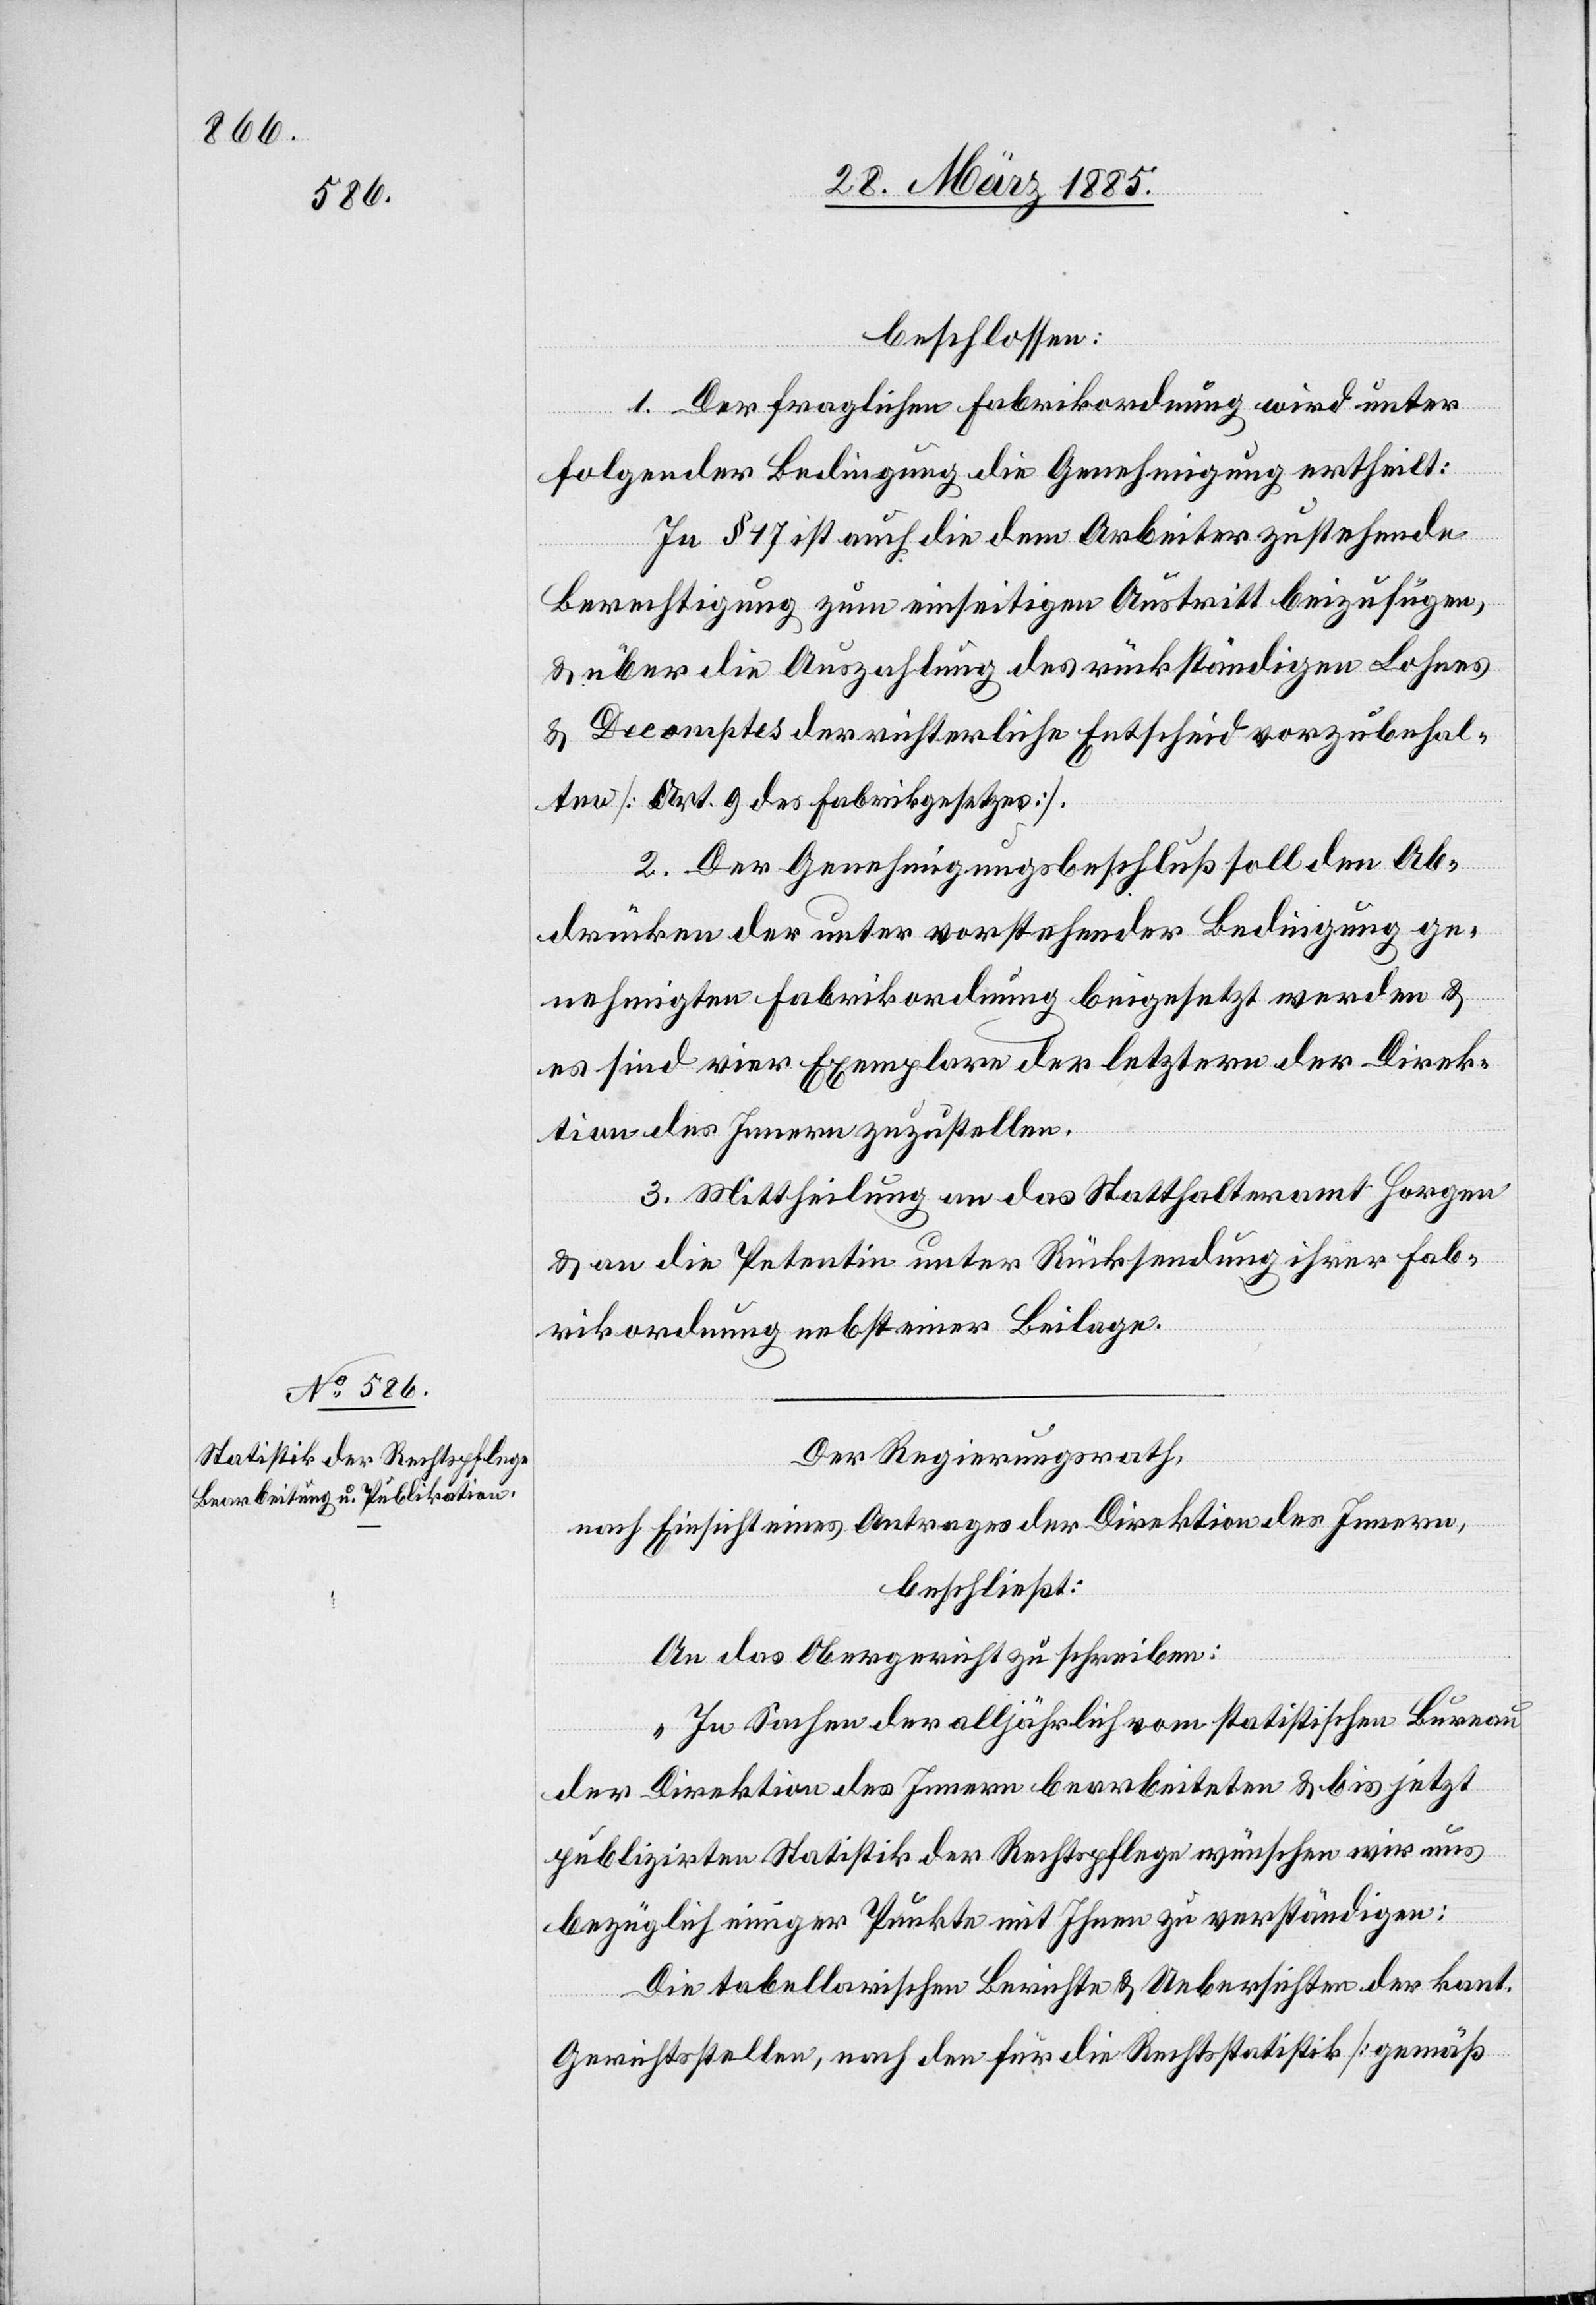
beschlossen:
1. Der fraglichen Fabrikordnung wird unter
folgender Bedingung die Genehmigung ertheilt:
In § 17 ist auch die dem Arbeiter zustehende
Berechtigung zum einseitigen Austritt beizufügen,
& über die Auszahlung des rückständigen Lohnes
& Decomptes der richterliche Entscheid vorzubehal¬
ten [Art. 9 des Fabrikgesetzes].
2. Der Genehmigungsbeschluß soll den Ab¬
drücken der unter vorstehender Bedingung ge¬
nehmigten Fabrikordnung beigesetzt werden &
es sind vier Exemplare der letztern der Direk¬
tion des Innern zuzustellen.
3. Mittheilung an das Statthalteramt Horgen
& an die Petentin unter Rücksendung ihrer Fab¬
rikordnung nebst einer Beilage.
Der Regierungsrath,
nach Einsicht eines Antrages der Direktion des Innern,
beschließt:
An das Obergericht zu schreiben:
„In Sachen der alljährlich vom statistischen Bureau
der Direktion des Innern bearbeiteten & bis jetzt
publizirten Statistik der Rechtspflege wünschen wir uns
bezüglich einiger Punkte mit Ihnen zu verständigen:
Die tabellarischen Berichte & Ueberschriften der kant.
Gerichtsstellen, nach den für die Rechtsstatistik [gemäß